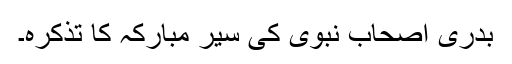
بدری اصحاب نبویؐ کی سِیرِ مبارکہ کا تذکرہ۔